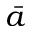
\bar { a }